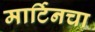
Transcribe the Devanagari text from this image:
मार्टिनचा